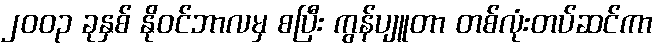
၂၀၀၃ ခုနှစ် နိုဝင်ဘာလမှ စပြီး ကွန်ပျူတာ တစ်လုံးတပ်ဆင်ကာ